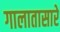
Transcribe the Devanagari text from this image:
गालातासारे